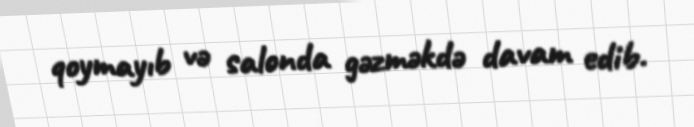
qoymayıb və salonda gəzməkdə davam edib.